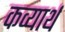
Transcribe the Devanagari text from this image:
कव्यार्थ